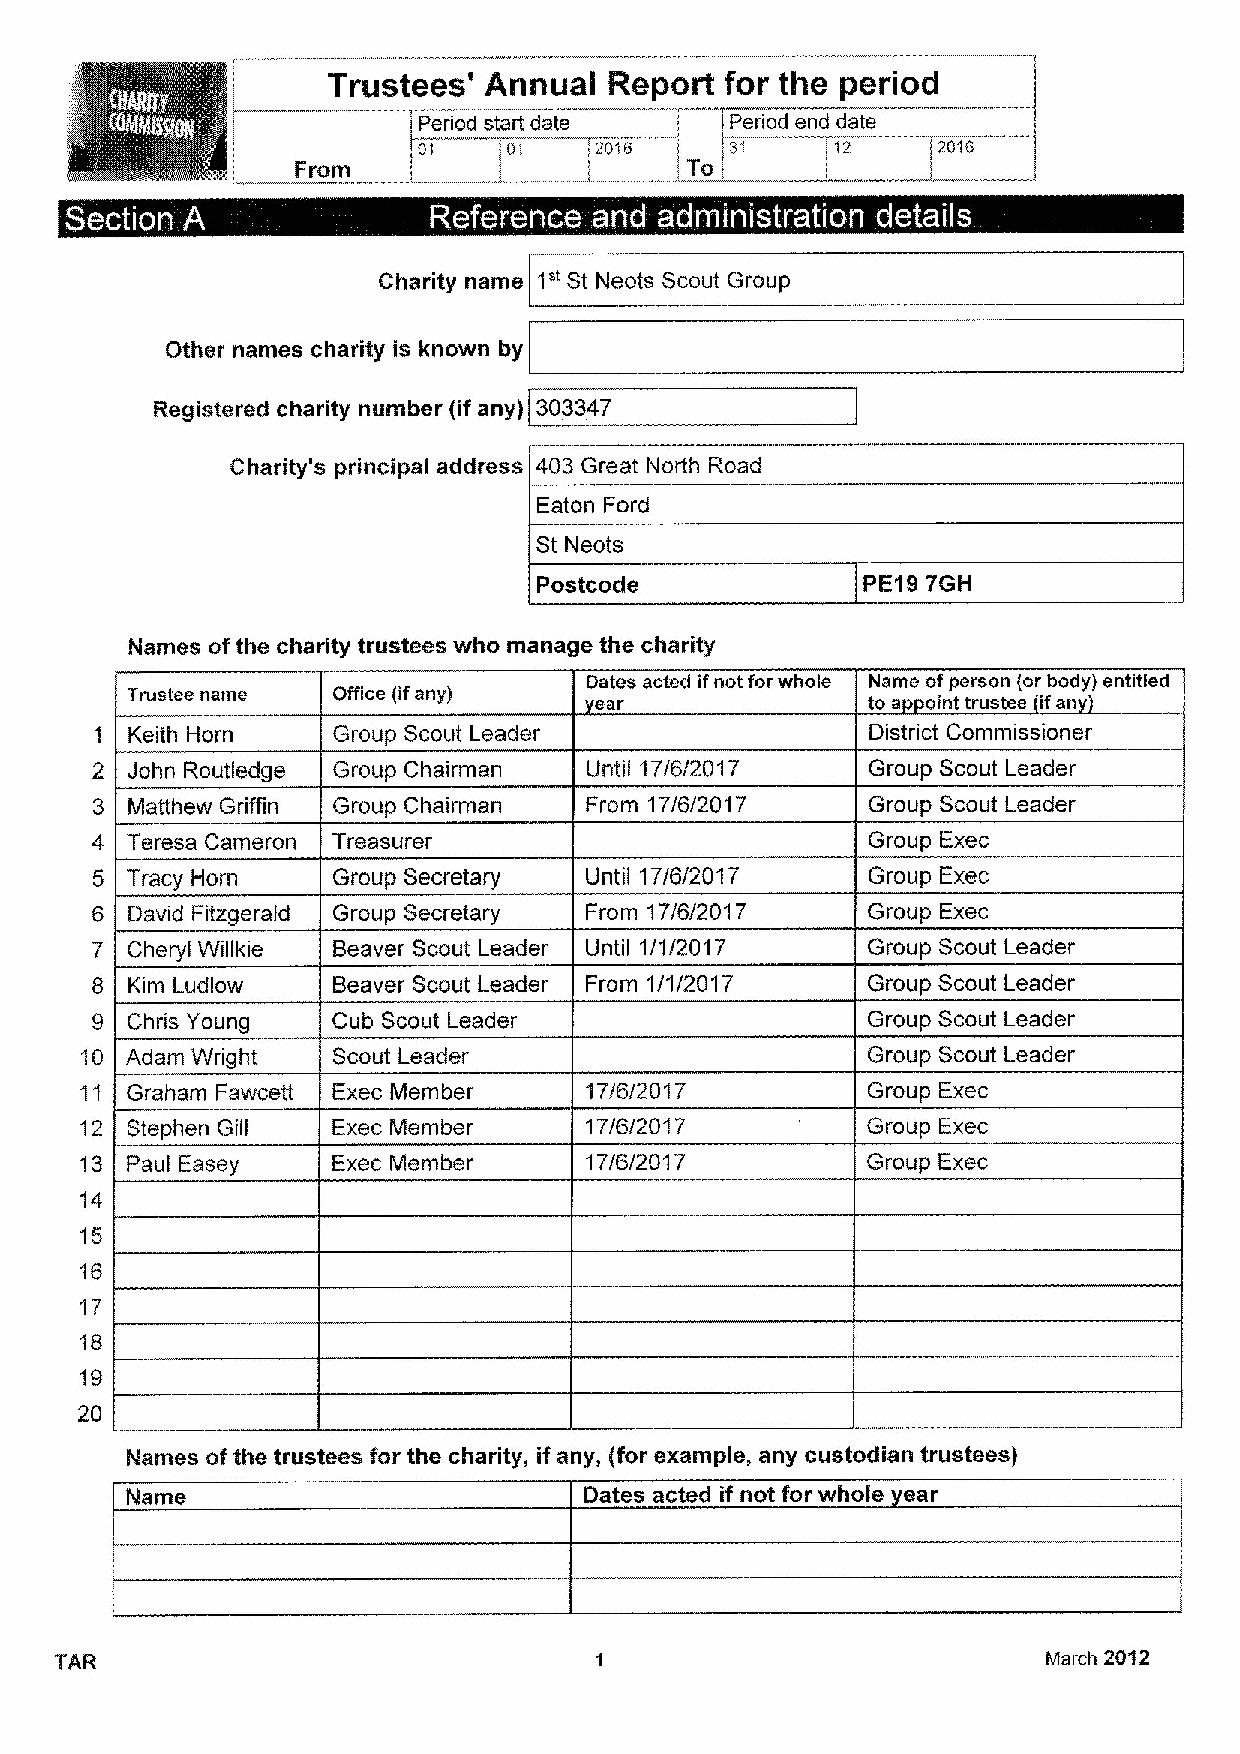
Trustees' Annual  Report  for the period
 !Period start date   iPeriod end date
 e  e         e  e
 1"
 Charity name St Neots Scout Group
 Other names charity is known by
 Registered charity number (if any) 303347
 Charity's principal address 403 Great North Road
 Eaton Ford
 St Neots
 Postcode             PE19 7GH
 Names ofthe charity trustees who manage the charity
 Dates acted ifnot forwhole Name ofperson lor body) entitled
 Trustee name  Office lif any)  ear               to a oint trustee ifan
 Keith Horn    Group Scout Leader                  District Commissioner
 John Routledge Group Chairman  Until 17/6/2017    Group Scout Leader
 Matthew Griffin Group Chairman From 17/6/2017     Group Scout Leader
 Teresa Cameron Treasurer                          Group Exec
 Tracy Morn    Group Secretary  Until 17/6/2017    Group Exec
 David Fitzgerald Group Secretary From 17/6/2017  Group Exec
 Cheryl Willkie Beaver Scout Leader Until 1/1/2017 Group Scout Leader
 Kim Ludlow    Beaver Scout Leader From 1/1/2017  Group Scout Leader
 Chris Young   Cub Scout Leader                   Group Scout Leader
 Adam Wright   Scout Leader                       Group Scout Leader
 Graham Fawcett Exec Member     17/6/2017         Group Exec
 Stephen Gill  Exec IVlember    17/6/2017         Group Exec
 Paul Easey    Exec Member      17/6/201 7        Group Exec
 14
 15
 16
 'I7
 18
 19
 20
 Names ofthe trustees for the charity, if any, (for example, any custodian trustees)
 Dates acted if not for whole ear
 TAR                                                              March 2012